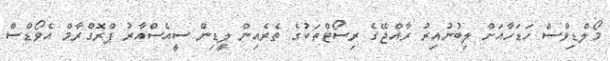
މޯލްޑިވްސް ހަޑަހާއަށް ލިބުނުއިރު ރާއްޖޭގެ ރިސޯޓްތަކުގެ ތެރެއިން ލީޑިން ސީއެސްއާރު ޕްރޮގްރާމް އެވޯޑްސް